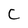
Character: c